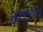
રાતોરાત